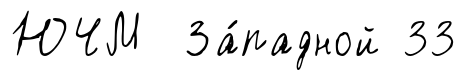
ЮЧМ За́падной 33